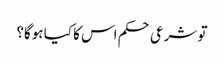
تو شرعی حکم اس کا کیا ہوگا؟